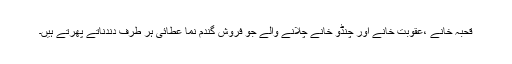
قحبہ خانے ،عقوبت خانے اور چنڈو خانے چلانے والے جو فروش گندم نما عطائی ہر طرف دندناتے پھرتے ہیں۔